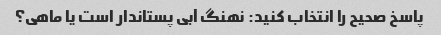
پاسخ صحیح را انتخاب کنید: نهنگ آبی پستاندار است یا ماهی؟